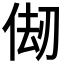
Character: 𠉨